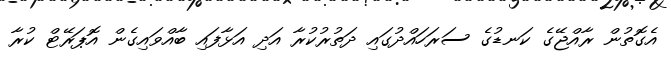
އެގޮތުން ރާއްޖޭގެ ކަނޑުގެ ސަރަހައްދުގައި ދަތުރުކުރާ އަދި އަޅާފައި ބާއްވައިގެން އޮޕަރޭޓް ކުރާ